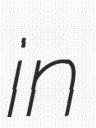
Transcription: in